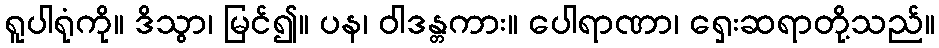
ရူပါရုံကို။ ဒိသွာ၊ မြင်၍။ ပန၊ ဝါဒန္တကား။ ပေါရာဏာ၊ ရှေးဆရာတို့သည်။